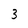
Character: 3